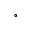
^ { \circ }